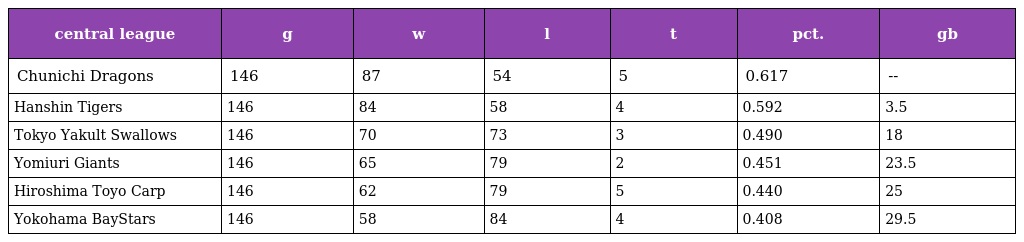
| central league | g | w | l | t | pct. | gb |
 | --- | --- | --- | --- | --- | --- | --- |
 | Chunichi Dragons | 146 | 87 | 54 | 5 | 0.617 | -- |
 | Hanshin Tigers | 146 | 84 | 58 | 4 | 0.592 | 3.5 |
 | Tokyo Yakult Swallows | 146 | 70 | 73 | 3 | 0.490 | 18 |
 | Yomiuri Giants | 146 | 65 | 79 | 2 | 0.451 | 23.5 |
 | Hiroshima Toyo Carp | 146 | 62 | 79 | 5 | 0.440 | 25 |
 | Yokohama BayStars | 146 | 58 | 84 | 4 | 0.408 | 29.5 |